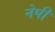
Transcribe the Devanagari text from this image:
नेपी